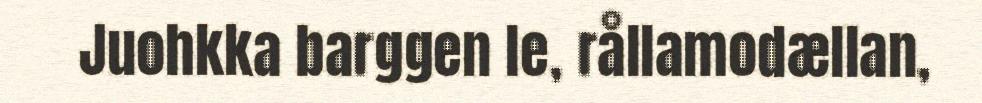
Juohkka barggen le, rållamodællan,